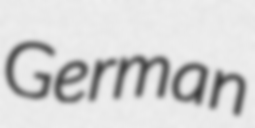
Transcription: German